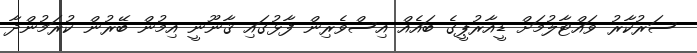
ސަރުކާރު ވައްޓާލުމަށް ޑީއާރުޕީގެ ބައެއް އިސްވެރިން ފާޅުގައި ޤާނޫނީ އިމުން ބޭރުން ކުރަމުންދާ